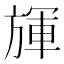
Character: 𣄈